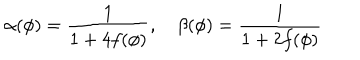
LaTeX: \alpha ( \phi ) = { \frac { 1 } { 1 + 4 f ( \phi ) } } , \quad \beta ( \phi ) = { \frac { 1 } { 1 + 2 f ( \phi ) } }